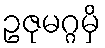
ဥဇုမဂ္ဂမှိ